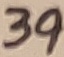
Text: 39